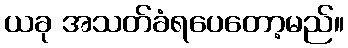
ယခု အသတ်ခံရပေတော့မည်။